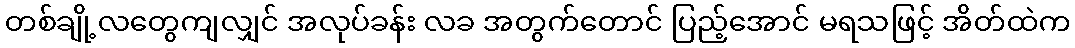
တစ်ချို့လတွေကျလျှင် အလုပ်ခန်း လခ အတွက်တောင် ပြည့်အောင် မရသဖြင့် အိတ်ထဲက